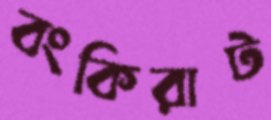
বংকিরাট